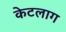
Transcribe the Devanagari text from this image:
केटलाग